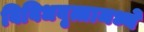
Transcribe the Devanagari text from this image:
विविधवृत्तामध्ये